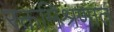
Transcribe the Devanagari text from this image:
रक्तमिश्रणात